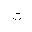
Letter: _ta